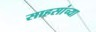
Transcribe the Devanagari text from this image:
साहसांच्या